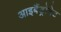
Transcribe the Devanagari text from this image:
आइबैंड्रोनेट